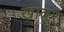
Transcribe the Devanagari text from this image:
खातूर्